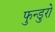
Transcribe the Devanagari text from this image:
फुन्डुरो